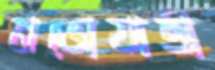
নভোযাত্রী